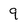
Character: 9